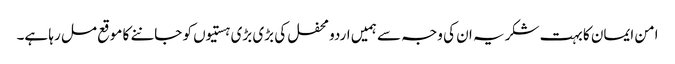
امن ایمان کا بہت شکریہ ان کی وجہ سے ہمیں اردو محفل کی بڑی بڑی ہستیوں کو جاننے کا موقع مل رہا ہے۔